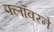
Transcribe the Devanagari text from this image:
फ्लॉवरने